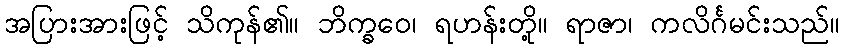
အပြားအားဖြင့် သိကုန်၏။ ဘိက္ခဝေ၊ ရဟန်းတို့။ ရာဇာ၊ ကလိင်္ဂမင်းသည်။